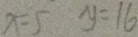
x = 5 y = 1 6